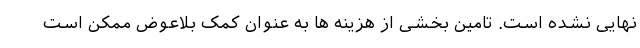
نهایی نشده است. تامین بخشی از هزینه ها به عنوان کمک بلاعوض ممکن است